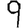
Digit: 9